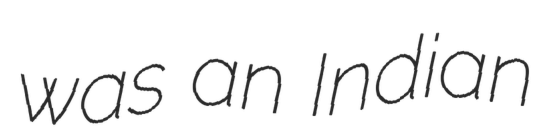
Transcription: was an Indian